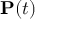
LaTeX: \mathbf { P } ( t )